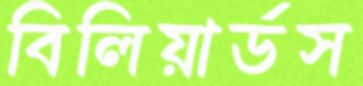
বিলিয়ার্ডস